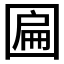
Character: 𱖄